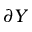
\partial Y